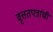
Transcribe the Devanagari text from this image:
वृत्ततपत्रांची